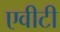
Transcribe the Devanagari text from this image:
एवीटी